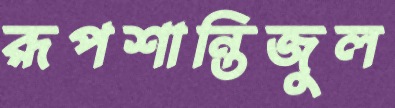
রূপশান্তিজুল